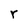
Character: r